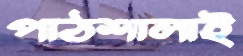
পাঠশালাই